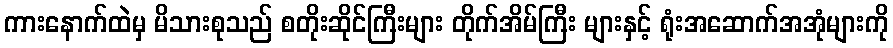
ကားနောက်ထဲမှ မိသားစုသည် စတိုးဆိုင်ကြီးများ တိုက်အိမ်ကြီး များနှင့် ရုံးအဆောက်အအုံများကို